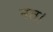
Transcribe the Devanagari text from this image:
नत।